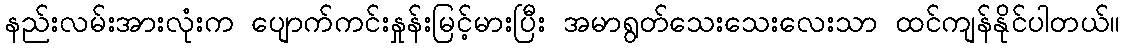
နည်းလမ်းအားလုံးက ပျောက်ကင်းနှုန်းမြင့်မားပြီး အမာရွတ်သေးသေးလေးသာ ထင်ကျန်နိုင်ပါတယ်။